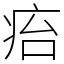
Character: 㾂